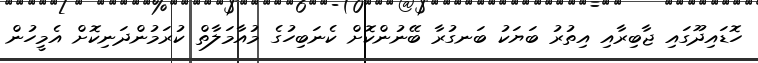
ހޮޑައިދޫގައި ޖާބިރާއި އިތުރު ބަޔަކު ބަނގުރާ ބޭނުންކޮށް ކެނަބިހުގެ މުއާމަލާތް ކުރަމުންދަނިކޮށް އެމީހުން